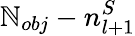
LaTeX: \mathbb{N}_{obj}-n_{l+1}^{S}